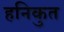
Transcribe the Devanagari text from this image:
हनिकुत